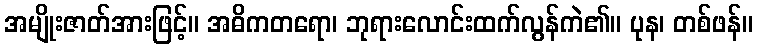
အမျိုးဇာတ်အားဖြင့်။ အဓိကတရော၊ ဘုရားလောင်းထက်လွန်ကဲ၏။ ပုန၊ တစ်ဖန်။